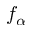
f _ { \alpha }